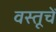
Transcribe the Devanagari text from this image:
वस्तूचें